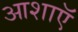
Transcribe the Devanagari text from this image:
आशाऍ